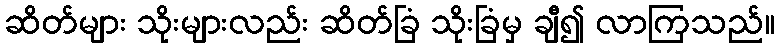
ဆိတ်များ သိုးများလည်း ဆိတ်ခြံ သိုးခြံမှ ချီ၍ လာကြသည်။